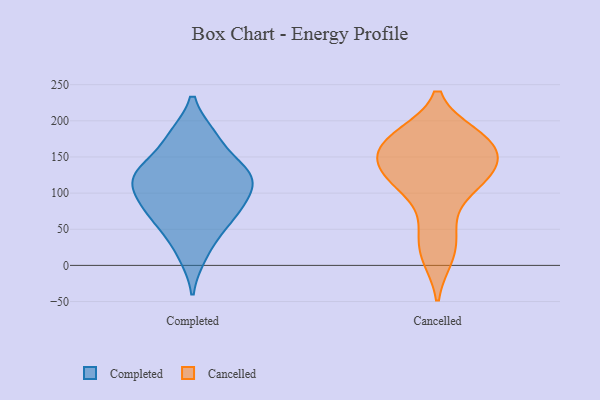
{"axis": {"x": "Revenue (USD Million)", "y": "Value"}, "legend": ["Cancelled", "Completed"], "data": [{"x": "", "y": 124, "type": "Completed"}, {"x": "", "y": 120, "type": "Completed"}, {"x": "", "y": 133, "type": "Completed"}, {"x": "", "y": 179, "type": "Completed"}, {"x": "", "y": 134, "type": "Completed"}, {"x": "", "y": 89, "type": "Completed"}, {"x": "", "y": 14, "type": "Completed"}, {"x": "", "y": 92, "type": "Completed"}, {"x": "", "y": 52, "type": "Completed"}, {"x": "", "y": 59, "type": "Completed"}, {"x": "", "y": 119, "type": "Completed"}, {"x": "", "y": 179, "type": "Completed"}, {"x": "", "y": 81, "type": "Completed"}, {"x": "", "y": 47, "type": "Cancelled"}, {"x": "", "y": 160, "type": "Cancelled"}, {"x": "", "y": 120, "type": "Cancelled"}, {"x": "", "y": 138, "type": "Cancelled"}, {"x": "", "y": 130, "type": "Cancelled"}, {"x": "", "y": 181, "type": "Cancelled"}, {"x": "", "y": 11, "type": "Cancelled"}, {"x": "", "y": 181, "type": "Cancelled"}, {"x": "", "y": 159, "type": "Cancelled"}, {"x": "", "y": 100, "type": "Cancelled"}]}